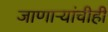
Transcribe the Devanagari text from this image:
जाणाऱ्यांचीही